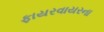
ફાયરવાયરના